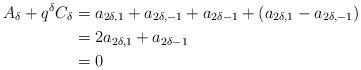
LaTeX: \begin{align*}A_\delta+q^\delta C_\delta&=a_{2\delta,1}+a_{2\delta,-1}+a_{2\delta-1}+(a_{2\delta,1}-a_{2\delta,-1})\\&=2a_{2\delta,1}+a_{2\delta-1}\\&=0\end{align*}